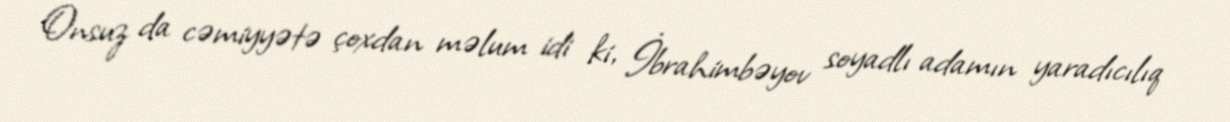
Onsuz da cəmiyyətə çoxdan məlum idi ki, İbrahimbəyov soyadlı adamın yaradıcılıq